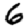
Digit: 6